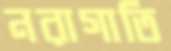
নরাগাতি